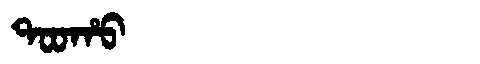
Manchu: ᡨᠣᠣᡥᠣ
Romanization: TOOHO